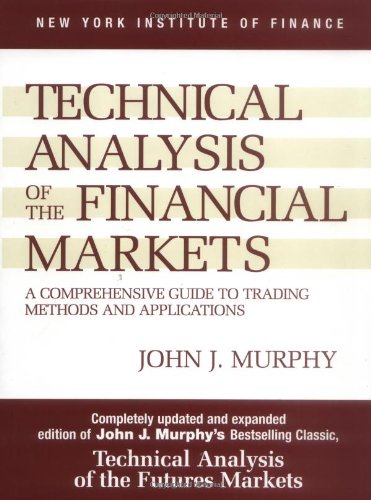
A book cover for Technical Analysis of the Financial Markets: A Comprehensive Guide to Trading Methods and Applications (New York Institute of Finance); John J. Murphy; Business & Money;